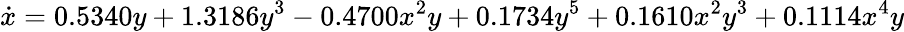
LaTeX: \dot{x}=0.5340y+1.3186y^{3}-0.4700x^{2}y+0.1734y^{5}+0.1610x^{2}y^{3}+0.1114x^{4}y